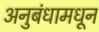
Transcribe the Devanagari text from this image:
अनुबंधामधून